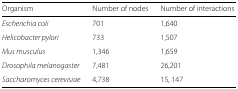
<table><thead><tr><td><b>Organism</b></td><td><b>Number of nodes</b></td><td><b>Number of interactions</b></td></tr></thead><tbody><tr><td><i>Escherichia coli</i></td><td>701</td><td>1,640</td></tr><tr><td><i>Helicobacter pylori</i></td><td>733</td><td>1,507</td></tr><tr><td><i>Mus musculus</i></td><td>1,346</td><td>1,659</td></tr><tr><td><i>Drosophila melanogaster</i></td><td>7,481</td><td>26,201</td></tr><tr><td><i>Saccharomyces cerevisiae</i></td><td>4,738</td><td>15, 147</td></tr></tbody></table>